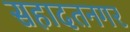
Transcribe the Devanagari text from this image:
सहादतनगर